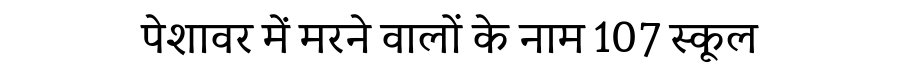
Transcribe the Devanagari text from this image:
पेशावर में मरने वालों के नाम 107 स्कूल